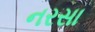
નરસા